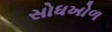
સોધખોળ